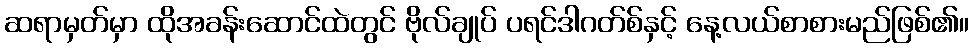
ဆရာမှတ်မှာ ထိုအခန်းဆောင်ထဲတွင် ဗိုလ်ချုပ် ပရင်ဒါဂတ်စ်နှင့် နေ့လယ်စာစားမည်ဖြစ်၏။